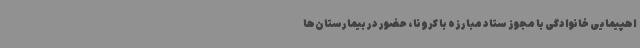
اهپیمایی خانوادگی با مجوز ستاد مبارزه با کرونا، حضور در بیمارستان‌ها